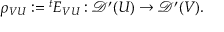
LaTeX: \rho _ { V U } : = { } ^ { t } E _ { V U } : { \mathcal { D } } ^ { \prime } ( U ) \to { \mathcal { D } } ^ { \prime } ( V ) .